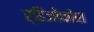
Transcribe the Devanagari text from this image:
र्हिजोफोरा